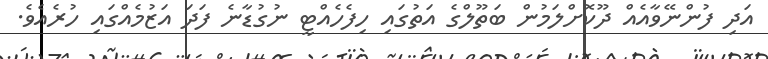
އަދި ފުންނޭވާއެއް ދޫކޮށްލަމުން ބަތޫލްގެ އަތުގައި ހިފެހެއްޓީ ނުގުޑާނެ ފަދަ އަޒުމެއްގައި ހުރެއެވެ.